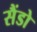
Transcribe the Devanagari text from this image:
सैंडो